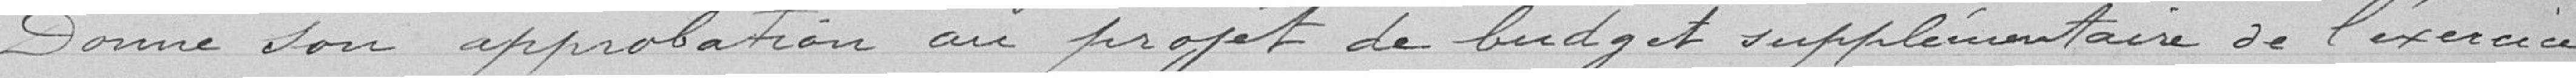
Donne son approbation au projet de budget supplémentaire de l'exercice